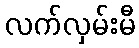
လက်လှမ်းမီ